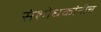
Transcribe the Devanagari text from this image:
संशोधकांनीच